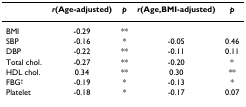
<table><thead><tr><td></td><td><b><i>r</i>(Age-adjusted)</b></td><td><b><i>p</i></b></td><td><b><i>r</i>(Age,BMI-adjusted)</b></td><td><b><i>p</i></b></td></tr></thead><tbody><tr><td>BMI</td><td>-0.29</td><td>**</td><td></td><td></td></tr><tr><td>SBP</td><td>-0.16</td><td>*</td><td>-0.05</td><td>0.46</td></tr><tr><td>DBP</td><td>-0.22</td><td>**</td><td>-0.11</td><td>0.11</td></tr><tr><td>Total chol.</td><td>-0.27</td><td>**</td><td>-0.20</td><td>*</td></tr><tr><td>HDL chol.</td><td>0.34</td><td>**</td><td>0.30</td><td>**</td></tr><tr><td>FBG<sup>†</sup></td><td>-0.19</td><td>*</td><td>-0.13</td><td>*</td></tr><tr><td>Platelet</td><td>-0.18</td><td>*</td><td>-0.17</td><td>0.07</td></tr></tbody></table>